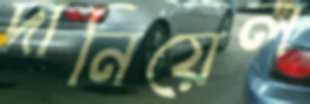
দানিয়েল